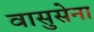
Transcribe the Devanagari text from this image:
वासुसेना